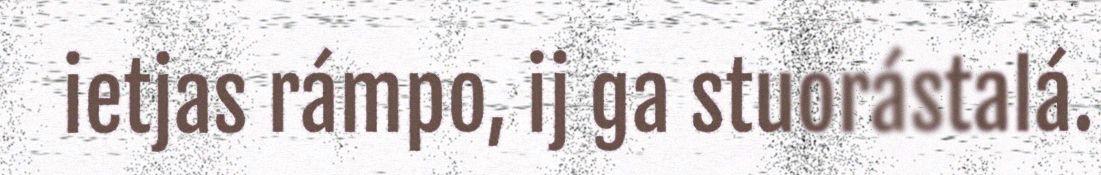
ietjas rámpo, ij ga stuorástalá.